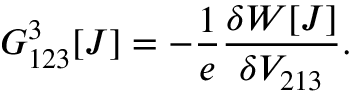
G _ { 1 2 3 } ^ { 3 } [ J ] = - \frac { 1 } { e } \frac { \delta W [ J ] } { \delta V _ { 2 1 3 } } .